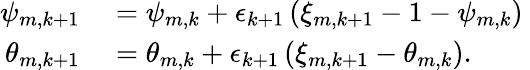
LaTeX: \begin{array}{rl}{\psi_{m,k+1}}&{{}=\psi_{m,k}+\epsilon_{k+1}\left(\xi_{m,k+1}-1-\psi_{m,k}\right)\mathrm{~}}\\ {\theta_{m,k+1}}&{{}=\theta_{m,k}+\epsilon_{k+1}\left(\xi_{m,k+1}-\theta_{m,k}\right).}\end{array}